Civil Veterinary Dept. Bombay admin report 1932-41 - 1932-1941
Year: 1932
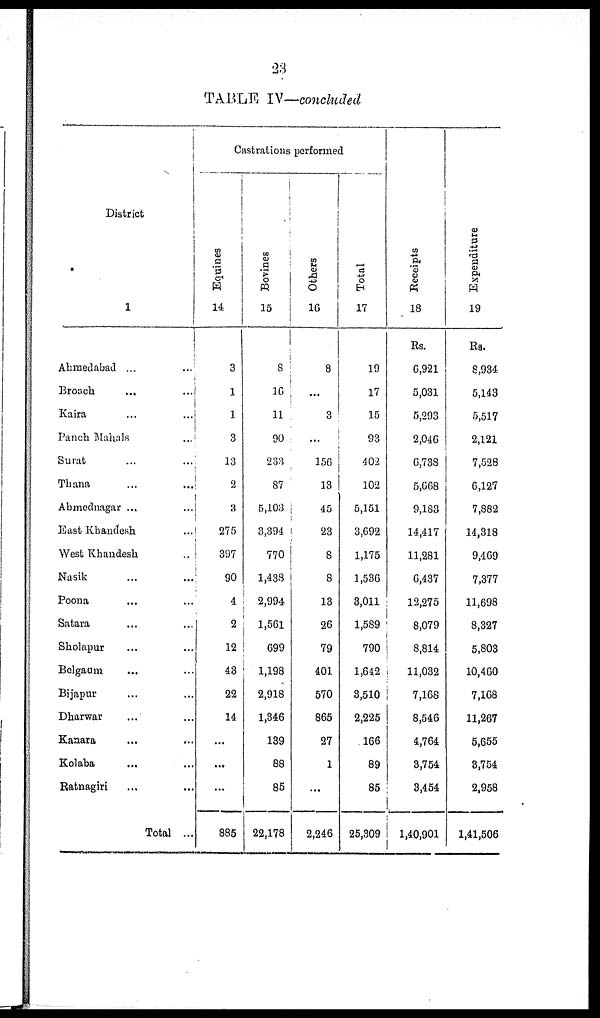
23
TABLE IV—concluded
District
1
Ahmedabad ... ...
Brooch ... ...
Kaira ... ...
Panch Mahals ... ...
Surat ... ...
Thana ... ...
Ahmednagar ... ...
East Khandesh ...
West Khandesh ..
Nasik ... ...
Poona ... ...
Satara ... ...
Sholapur ... ...
Belgaum ... ...
Bijapur ... ...
Dharwar ... ...
Kanara
... ...
Kolaba ... ...
Ratnagiri ... ...
Total ...
Castrations performed
Equities
14
3
1
1
3
13
2
3
275
397
90
4
2
12
43
22
14
...
...
...
885
Bovines
15
8
16
11
90
233
87
5,103
3,394
770
1,438
2,994
1,561
699
1,198
2,918
1,346
139
88
85
22,178
Others
16
8
...
3
...
156
13
45
23
8
8
13
26
79
401
570
865
27
1
...
2,246
Total
17
19
17
15
93
402
102
5,151
3,692
1,175
1,536
3,011
1,589
790
1,642
3,510
2,225
166
89
85
25,309
Receipts
18
Rs.
6,921
5,031
5,293
2,046
6,738
5,668
9,183
14,417
11,281
6,437
12,275
8,079
8,814
11,032
7,168
8,546
4,764
3,754
3,454
1,40,901
Expenditure
19
Rs.
8,934
5,143
5,517
2,121
7,528
6,127
7,882
14,318
9,469
7,377
11,698
8,327
5,803
10,460
7,168
11,267
5,655
3,754
2,958
1,41,506